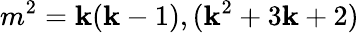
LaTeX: m^{2}=\mathbf{k}(\mathbf{k}-1),(\mathbf{k}^{2}+3\mathbf{k}+2)